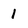
Character: 1